Madras plague regulations and rules - Volume 1
Disease focus: Plague
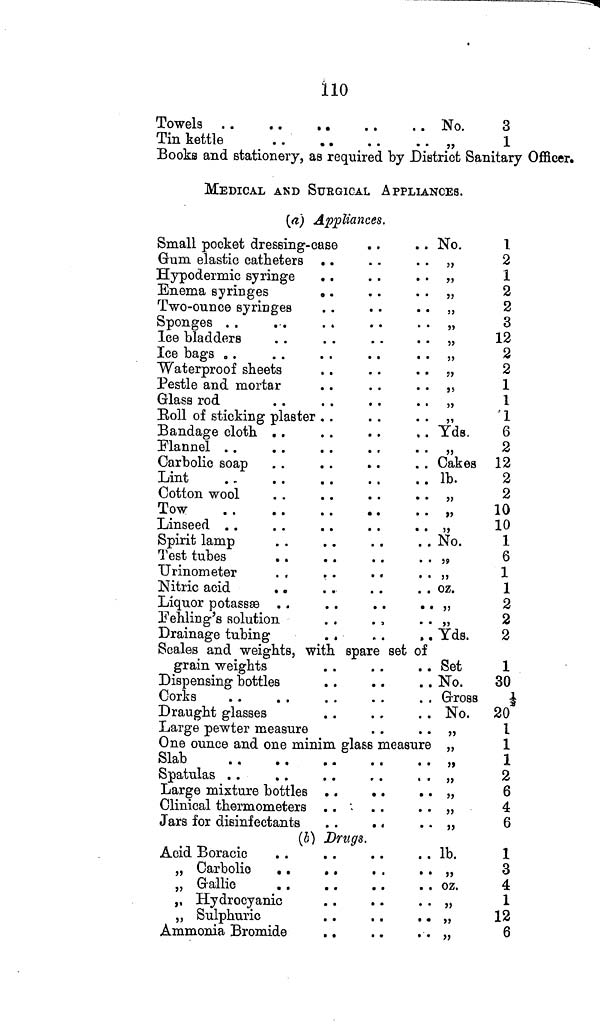
110
Towels . .
. .
. .
Tin kettle
.. No.
3
1
Books and stationery, as required by District Sanitary Officer.
MEDICAL AND SURGICAL APPLIANCES.
(a) Appliances.
Small pocket dressing-case
Gum elastic catheters . .
Hypodermic syringe
Enema syringes
. .
Two-ounce syringes
Sponges
Ice bladders
Ice bags
Waterproof sheets
Pestle and mortar
Glass rod
Boll of sticking plaster
Bandage cloth
Flannel
Carbolic soap
Lint
Cotton wool
Tow
Linseed
Spirit lamp
Test tubes
Urinometer
. .
Nitric acid
Liquor potassas
Fehling's solution
Drainage tubing
. .
Scales and weights, with spare set
grain weights
Dispensing bottles
Corks
Draught glasses
Large pewter measure
.. No.
• •
55
• •
?5
• •
„
• •
„
. .
,,
• •
„
• •
55
• •
„
. . „
• •
„
• •
51
.. Y ds.
• •
„
. . Cakes
.. lb.
• •
„
• •
>5
• •
„
.. No.
• • „
• • 55
. . „
• « 55
• • )5
. . Yds.
of
.. Set
.. No.
. . Gross
.. No.
• •
„
One ounce and one minim glass measure ,,
Slab
. .
. .
. .
Spatulas
Large mixture bottles . .
. .
Clinical thermometers . .
Jars for disinfectants
. .
..
(b) Drugs.
Acid Boracic
„ Carbolic
. .
,, Gallic
. .
. .
. .
„ Hydrocyanic
. .
. .
„ Sulphuric
Ammonia Bromide
. .
• •
„
• • 5>
• • 55
• •
„
• • „
.. lb.
.. „
. . oz.
• • „
• • „
• • »
1
2
1
2
2
3
12
2
2
1
1
1
6
2
12
2
2
10
10
1
6
1
1
2
2
2
1
30
1/2
20
1
1
1
2
6
4
6
1
3
4
1
12
6